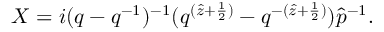
X = i ( q - q ^ { - 1 } ) ^ { - 1 } ( q ^ { ( \hat { z } + \frac { 1 } { 2 } ) } - q ^ { - ( \hat { z } + \frac { 1 } { 2 } ) } ) \hat { p } ^ { - 1 } .